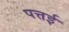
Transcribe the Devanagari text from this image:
पत्तई